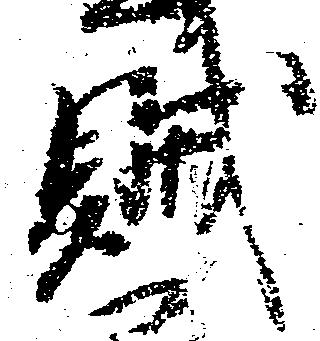
賊